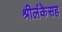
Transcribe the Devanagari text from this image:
श्रीलंकेसह